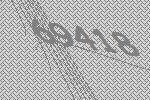
69418